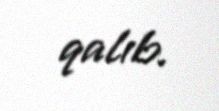
qalıb.